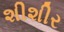
શીશીર